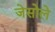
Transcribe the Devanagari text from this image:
जेसोले